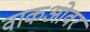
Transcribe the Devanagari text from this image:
वाकओवर